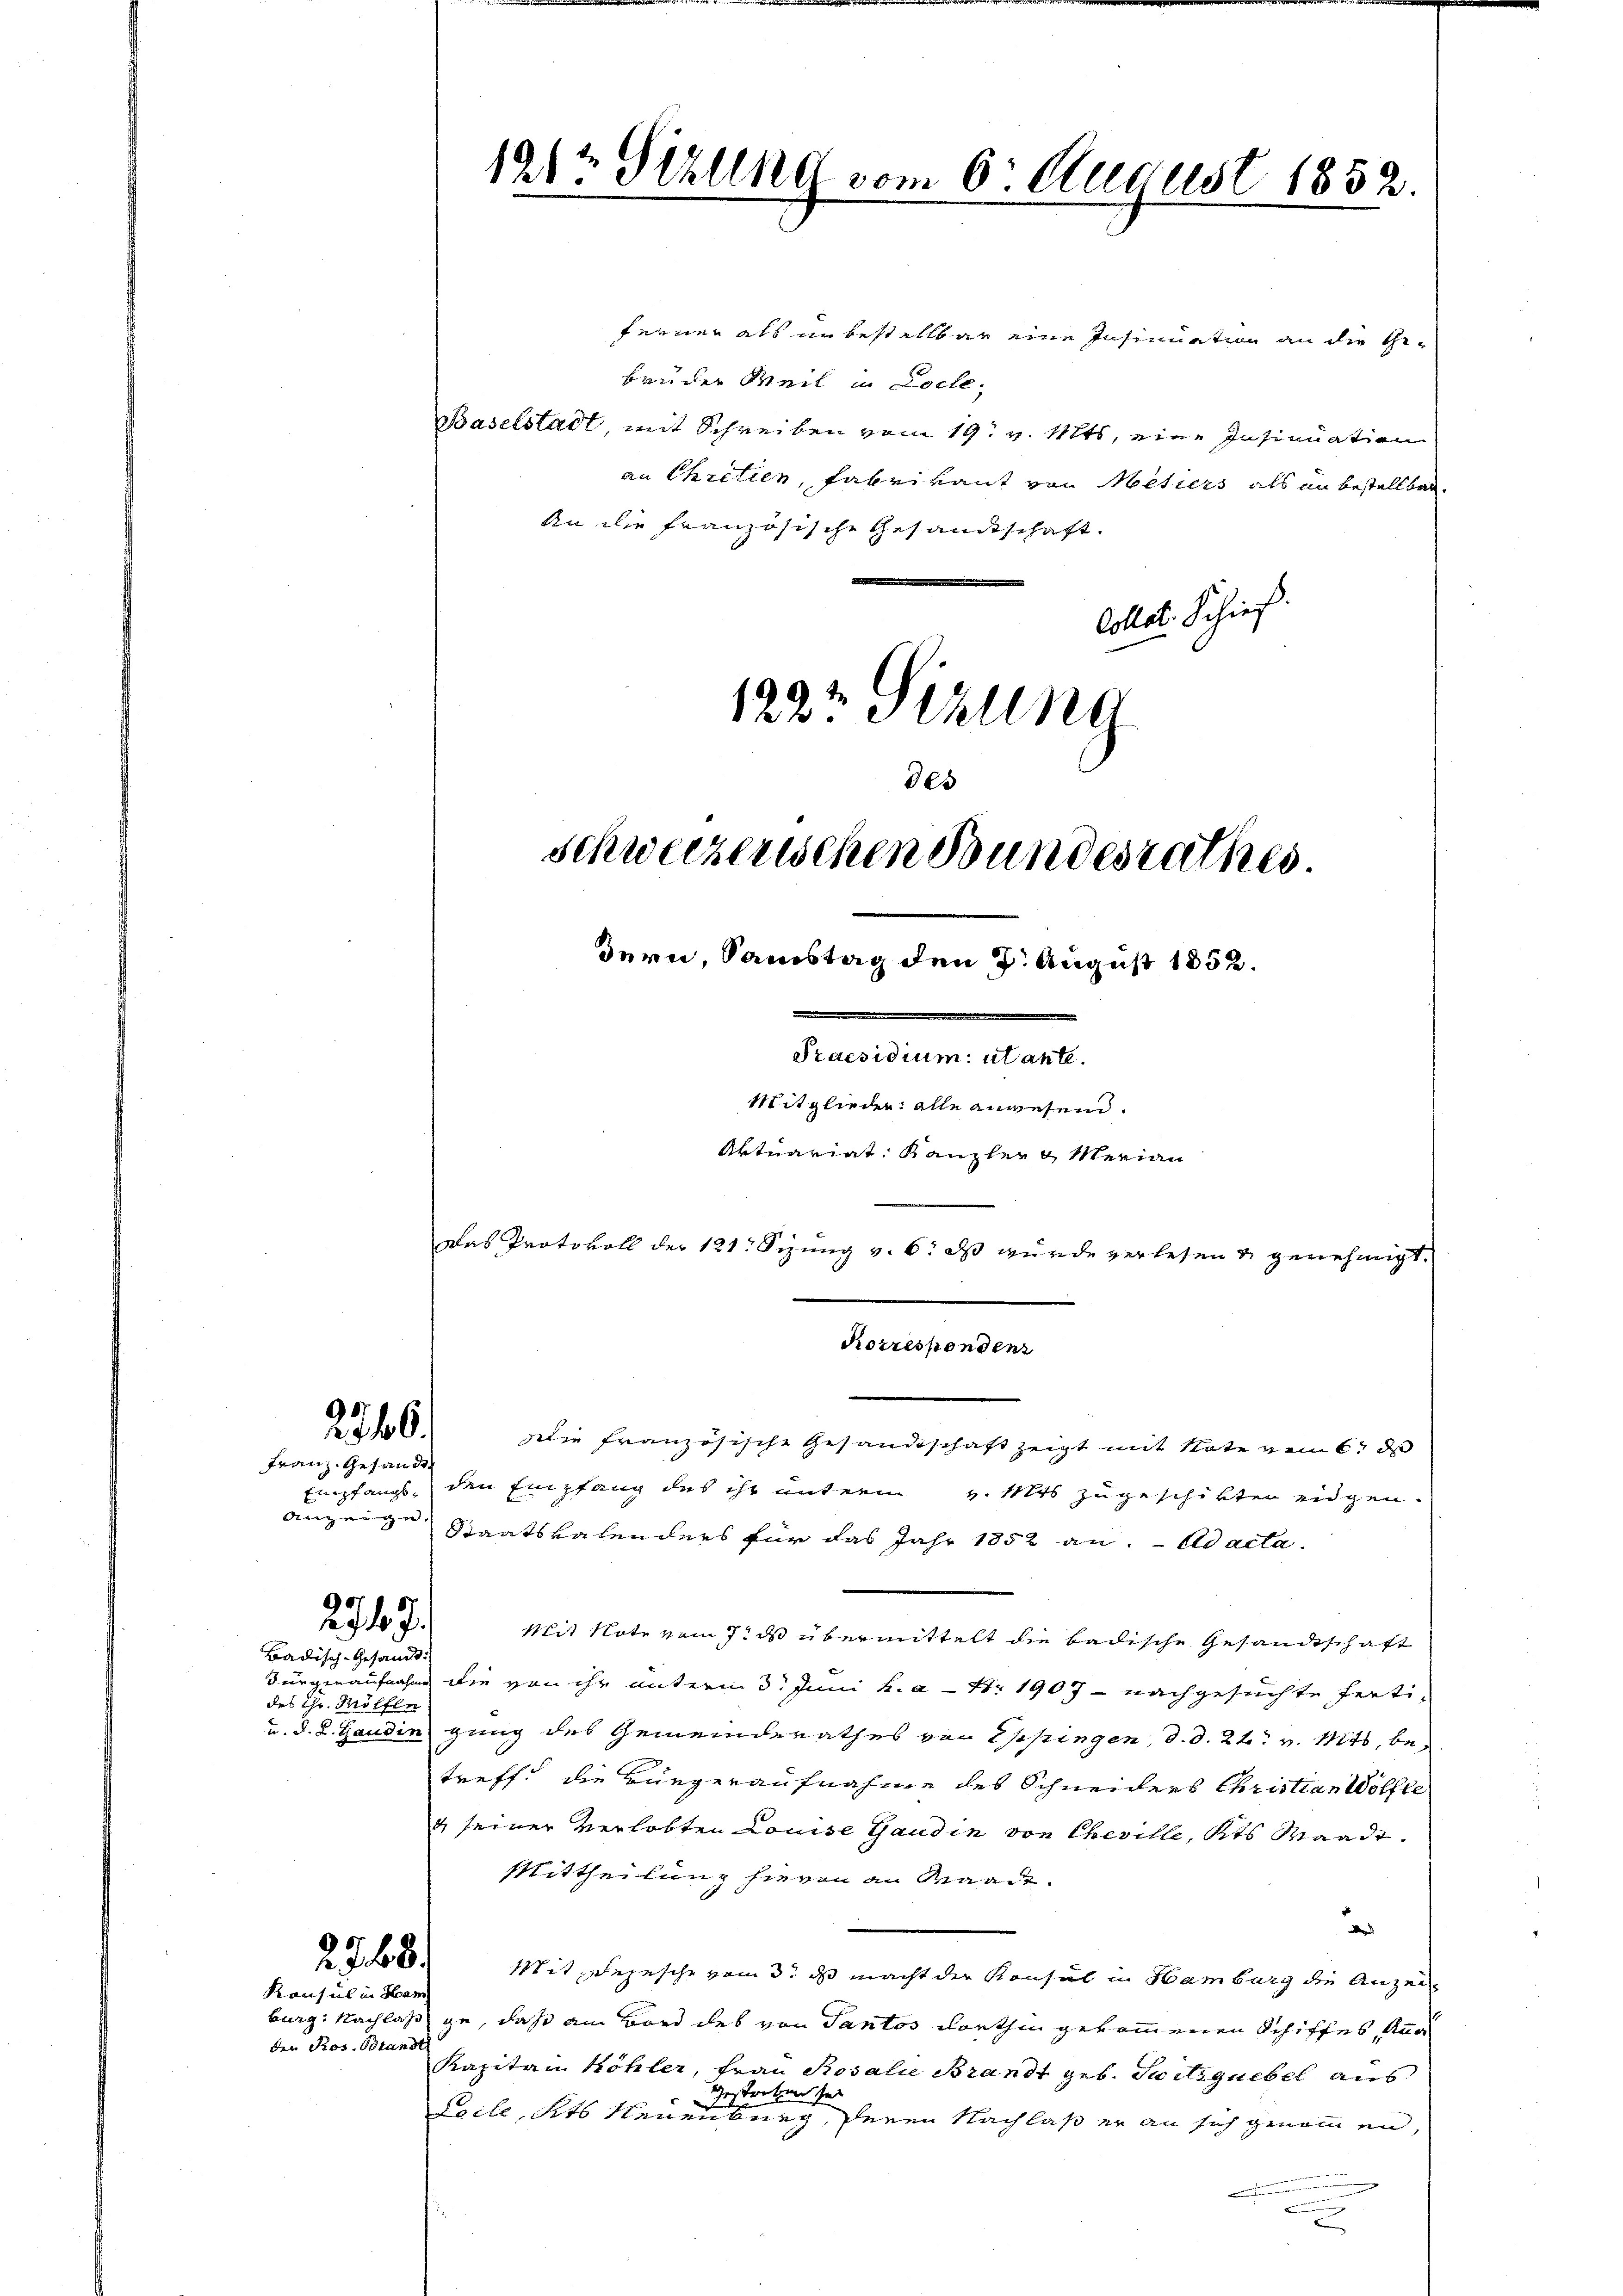
2746.

Franz. Gesandt.
Anzeige.

2717.

Badisch-Gesandt.
des Hr. Mölfle

der Pros. Standt

2388.
Konsul in Ham

ferner als in bestellbar eine Insinuation an die Gebrüder Weil in Loche¬
Baselstadt mit Schreiben vom 19. v. Mts, eine Insinuation
an Chretien, Fabrikant von Metiers als an bestellbar.
An die französische Gesandtschaft.
Colle. Schieß.
994
122 etzung

1212 Sitzung vom 6. August 1852.

schweizerischen Bundesrathes.
dern, Samstag den 7. August 1852.

Praesidium utante.
Mitglieder alle anwesend.
Aktuariat Kanzler u Merian

Korrespondenz

des

Das Protokoll der 121. Sizung v. 6. ds wurde verlesen u genehmigt.

Die französische Gesandtschaft zeigt mit Note vom 6. ds
Empfangs, den Empfang des ihr unterm v. Mts zugeschikten eidgen.
Staatskalenders für das Jahr 1852 an. ad acta.
shit Note vom 7. ds übermittelt die badische Gesandtschaft
Bürgenaufnahm die von ihr unterm 3. Juni h. a. Nr. 1907 - nachgesuchte Ferti¬
u. d. d. Gaudingung des Gemeinderathes von Eppingen, d. d. 22. v. Mts. betreff die Bürgeraufnahme des Schneiders Christian Wölfte
4 seiner Verlobten Louise Gaudin von Cheville, Kts Waadt.
Mittheilung hievon an Baad
d
Mit Depesche vom 3. ds macht der Konsul in Hamburg die Anzeiburg: Nachlass ge, daß am Bord des von Tantes dorthin gekommenen Schiffes, kan
Kapitän Köhler, Frau Rosalie Brandt geb. Seitiguebel aus
Gestriken sei
Prile, Kts Neuenburg, denen Nachlaß er an sich genommen,